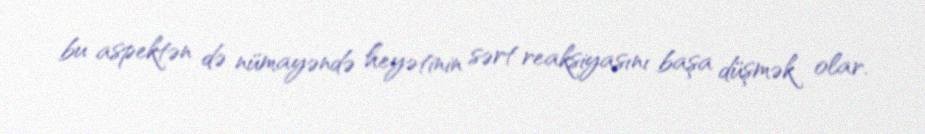
bu aspektən də nümayəndə heyətinin sərt reaksiyasını başa düşmək olar.